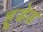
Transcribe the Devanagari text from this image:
हूडेड